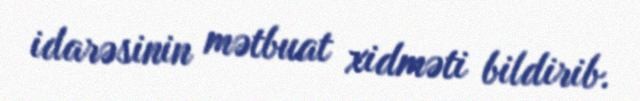
idarəsinin mətbuat xidməti bildirib.